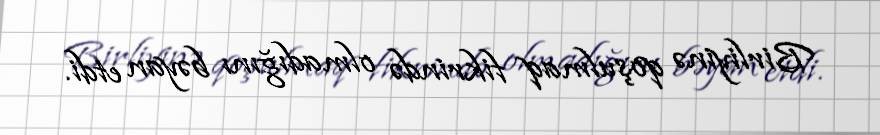
Birliyinə qoşulmaq fikrində olmadığını bəyan etdi.